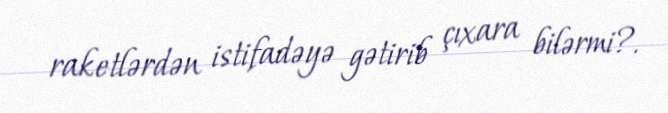
raketlərdən istifadəyə gətirib çıxara bilərmi?.